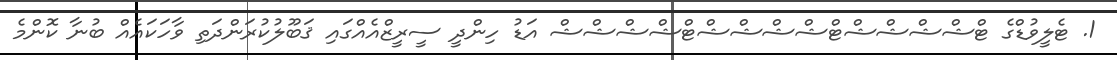
1. ޓެލީވުޑްގެ ޓްޝްޝްޝްޝްޓްޝްޝްޝްޝްޓްޝްޝްޝްޝް އަޑު ހިންދީ ސީރީޒްއެއްގައި ޤަބޫލުކުރަންދަތި ވާހަކައެއް ބުނާ ކޮންމެ